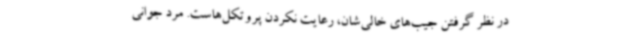
در نظر گرفتن جیب‌های خالی‌شان، رعایت نکردن پروتکل‌هاست. مرد جوانی